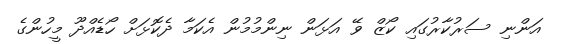
އަންނި ސަރުކާރުގައި ކޯޒް ވޭ އަޅަން ނިންމުމުން އެކަމާ ދެކޮޅަށް ހޯޑެއްދޫ މީހުންގެ